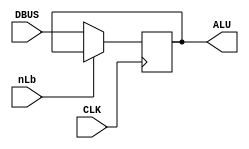
`timescale 1ns / 1ps
/**
 * Reg B / Register B
 *
 * CLK    = Clock.
 * nLb    = Load to Register B. 0 = Load
 * DBUS   = The data bus. 
 * ALU    = Data to ALU
 */
module regb(
  input        CLK,
  input        nLb,
  input  [7:0] DBUS,
  output [7:0] ALU
);

    reg [7:0] regbreg;
  
    initial
    begin
        regbreg <= 8'b0000_0000;
    end

    assign ALU  = regbreg;
  
    always @(posedge CLK)
    begin 
        if(!nLb)
        begin
            // Load Reg B from DBUS
            //$display("%t REGB Loading: %d", $realtime, DBUS);
            regbreg <= DBUS;
        end
    end
endmodule